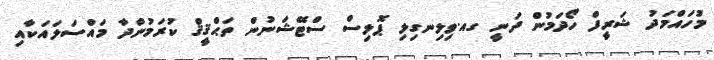
މުހައްމަދު ޝަރީފް ހޯދަމުން ދަނީ ގއ.ވިލިނގިލި ޕޮލިސް ސްޓޭޝަނުން ތަޙްޤީޤް ކުރަމުންދާ މައްސަލައަކާއި